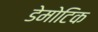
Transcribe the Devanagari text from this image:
डेमोटिक